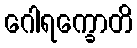
ဂေါရက္ခောတိ